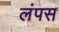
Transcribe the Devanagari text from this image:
लंपस